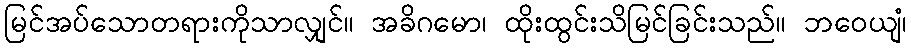
မြင်အပ်သောတရားကိုသာလျှင်။ အခိဂမော၊ ထိုးထွင်းသိမြင်ခြင်းသည်။ ဘဝေယျံ၊